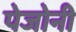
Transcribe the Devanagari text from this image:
पेजोनी